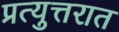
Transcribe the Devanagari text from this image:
प्रत्युत्तरात